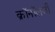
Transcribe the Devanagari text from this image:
क्रॉनॉलजी